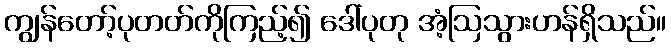
ကျွန်တော့်ပုတတ်ကိုကြည့်၍ ဒေါ်ပုတု အံ့ဩသွားဟန်ရှိသည်။